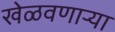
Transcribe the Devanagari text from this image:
खेळवणाऱ्या